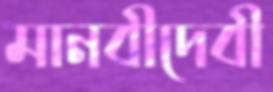
মানবীদেবী